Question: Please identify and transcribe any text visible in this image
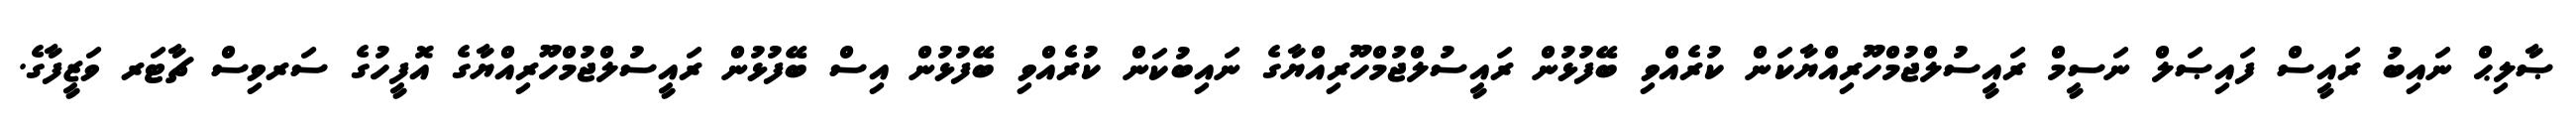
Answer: ޞާލިޙް ނައިބު ރައީސް ފައިޞަލް ނަސީމް ރައީސުލްޖުމްހޫރިއްޔާކަން ކުރެއްވި ބޭފުޅުން ރައީސުލްޖުމްހޫރިއްޔާގެ ނައިބުކަން ކުރެއްވި ބޭފުޅުން އިސް ބޭފުޅުން ރައީސުލްޖުމްހޫރިއްޔާގެ އޮފީހުގެ ސަރވިސް ޗާޓަރ ވަޒީފާގެ.